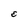
Character: E